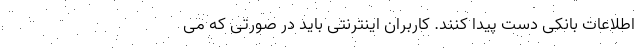
اطلاعات بانکی دست پیدا کنند. کاربران اینترنتی باید در صورتی که می